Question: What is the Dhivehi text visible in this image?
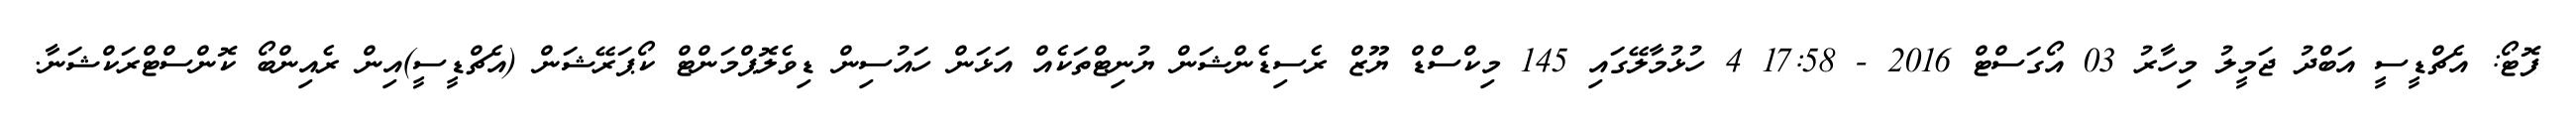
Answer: ފޮޓޯ: އެޗްޑީސީ އަބްދު ޖަމީލު މިހާރު 03 އޯގަސްޓް 2016 - 17:58 4 ހުޅުމާލޭގައި 145 މިކްސްޑް ޔޫޒް ރެސިޑެންޝަން ޔުނިޓްތަކެއް އަޅަން ހައުސިން ޑިވެލޮޕްމަންޓް ކޯޕަރޭޝަން (އެޗްޑީސީ)އިން ރެއިންބޯ ކޮންސްޓްރަކްޝަނާ.